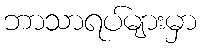
ဘာသာရပ်များမှာ